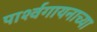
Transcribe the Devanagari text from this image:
पार्श्वगायनाच्या